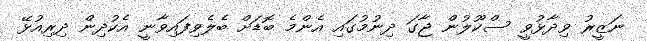
ނަޒީރު ވިދާޅުވީ ސްކޫލުން ޖާގަ ދިނުމުގައި އެންމެ ބޮޑަށް ބެލެވިފައިވާނީ އެކުދިން ދިރިއުޅޭ